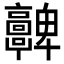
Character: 𩫮